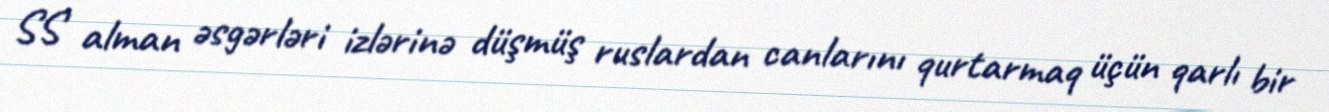
SS alman əsgərləri izlərinə düşmüş ruslardan canlarını qurtarmaq üçün qarlı bir